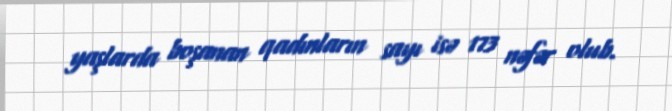
yaşlarda boşanan qadınların sayı isə 173 nəfər olub.